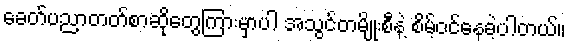
ခေတ်ပညာတတ်စာဆိုတွေကြားမှာပါ အသွင်တမျိုးစီနဲ့ စိမ့်ဝင်နေခဲ့ပါတယ်။